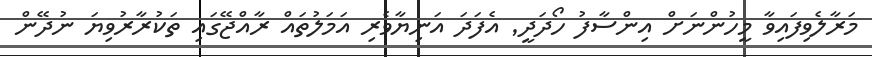
މަރާލެވިފައިވާ މީހުންނަށް އިންސާފު ހޯދަދީ